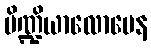
ပိဏ္ဍိယာလောပေန